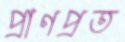
প্রাণপ্রত